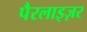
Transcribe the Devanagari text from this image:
पैरलाइज़र